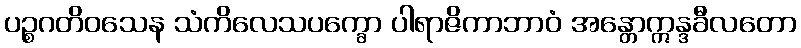
ပဉ္စဂတိဝသေန သံကိလေသပက္ခော ပါရာဇိကာဘာဝံ အန္တောဣန္ဒခီလတော